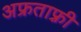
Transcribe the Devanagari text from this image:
अफ्रताफ़्री